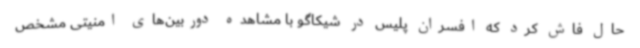
حال فاش کرد که افسران پلیس در شیکاگو با مشاهده دوربین‌های امنیتی مشخص